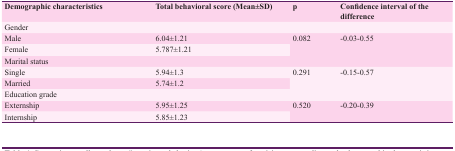
| Demographic characteristics | Total behavioral score (Mean±SD) | p | Confidence interval of the difference |
 | --- | --- | --- | --- |
 | <COLSPAN=4> Gender |
 | Male | 6.04±1.21 | <ROWSPAN=2> 0.082 | <ROWSPAN=2> -0.03-0.55 |
 | Female | 5.787±1.21 |
 | <COLSPAN=4> Marital status |
 | Single | 5.94±1.3 | <ROWSPAN=2> 0.291 | <ROWSPAN=2> -0.15-0.57 |
 | Married | 5.74±1.2 |
 | <COLSPAN=4> Education grade |
 | Externship | 5.95±1.25 | <ROWSPAN=2> 0.520 | <ROWSPAN=2> -0.20-0.39 |
 | Internship | 5.85±1.23 |